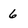
Character: 6